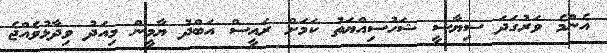
އެންމެ ވަރުގަދަ ސިޔާސީ ޝަހުސިއްޔަތު ކަމަށް ރައީސް އަބްދު ޔާމީން މިއަދު ވިދާޅުވެއްޖެ